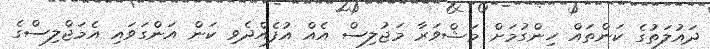
ދައުލަތުގެ ކަންތައް ހިންގުމަށް މަޝްވަރާ މަޖުލިސް އެއް އުފެއްދެވި ކަން އަންގަވައި އެމަޖްލިސްގެ